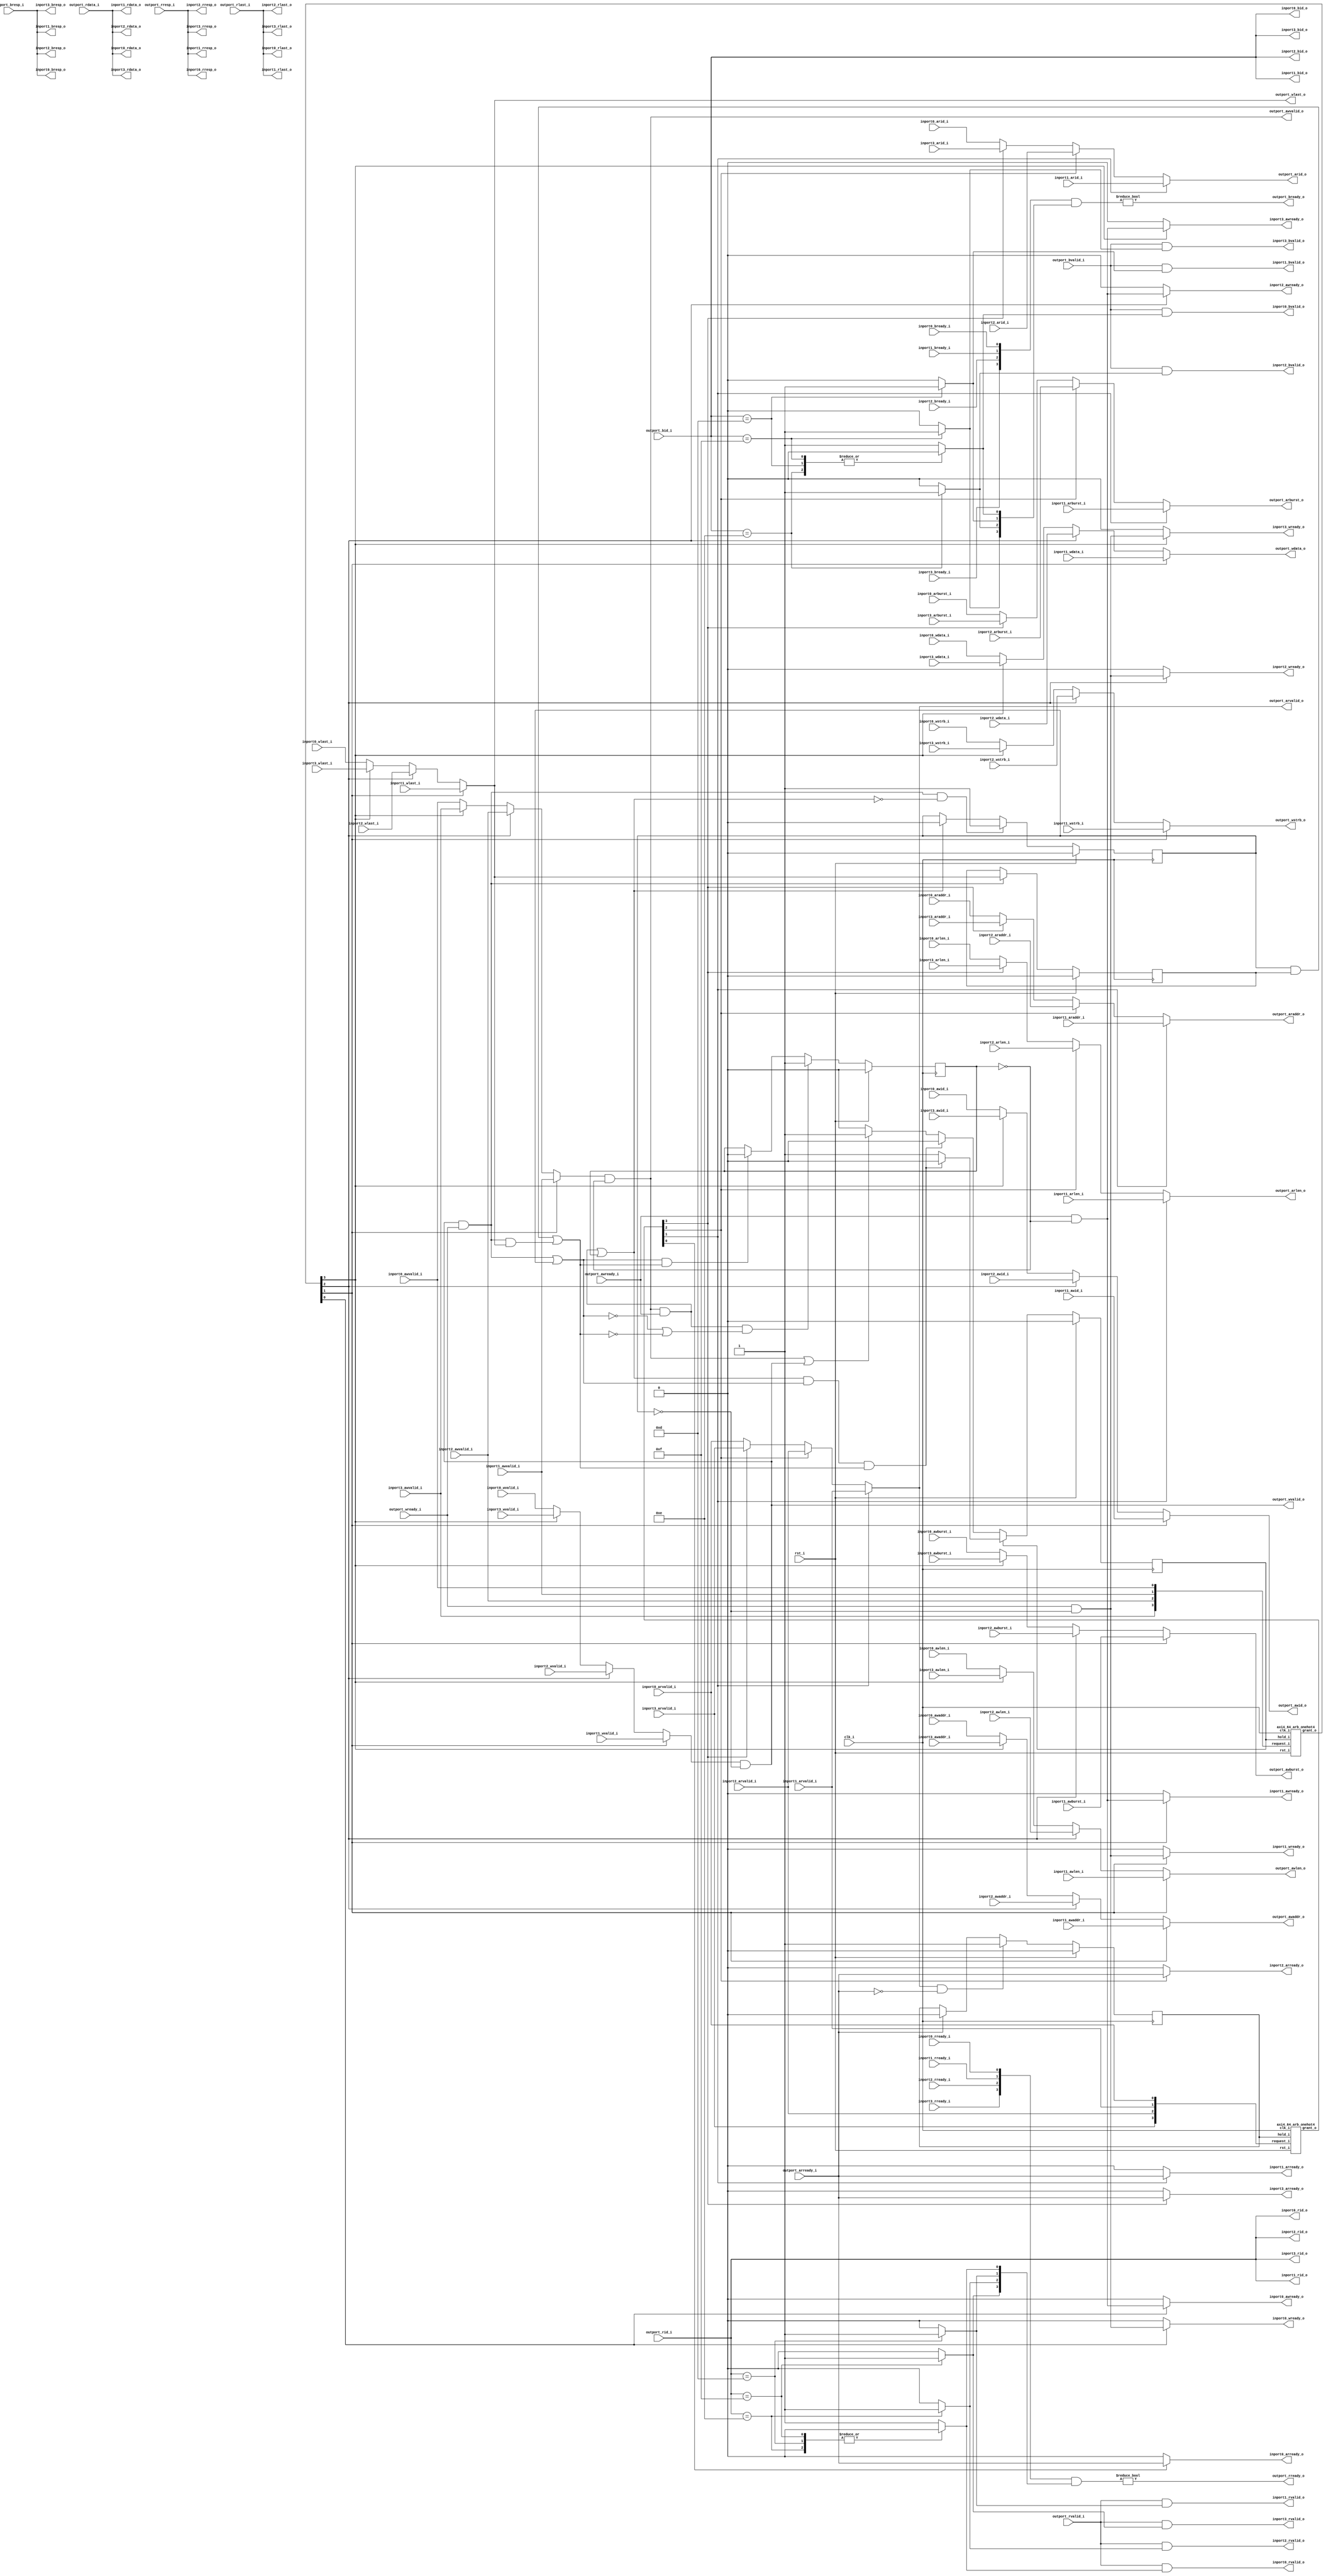
//-----------------------------------------------------------------
// Copyright (c) 2021, admin@ultra-embedded.com
// All rights reserved.
// 
// Redistribution and use in source and binary forms, with or without
// modification, are permitted provided that the following conditions 
// are met:
//   - Redistributions of source code must retain the above copyright
//     notice, this list of conditions and the following disclaimer.
//   - Redistributions in binary form must reproduce the above copyright
//     notice, this list of conditions and the following disclaimer 
//     in the documentation and/or other materials provided with the 
//     distribution.
//   - Neither the name of the author nor the names of its contributors 
//     may be used to endorse or promote products derived from this 
//     software without specific prior written permission.
// 
// THIS SOFTWARE IS PROVIDED BY THE COPYRIGHT HOLDERS AND CONTRIBUTORS 
// "AS IS" AND ANY EXPRESS OR IMPLIED WARRANTIES, INCLUDING, BUT NOT 
// LIMITED TO, THE IMPLIED WARRANTIES OF MERCHANTABILITY AND FITNESS FOR 
// A PARTICULAR PURPOSE ARE DISCLAIMED. IN NO EVENT SHALL THE AUTHOR BE 
// LIABLE FOR ANY DIRECT, INDIRECT, INCIDENTAL, SPECIAL, EXEMPLARY, OR 
// CONSEQUENTIAL DAMAGES (INCLUDING, BUT NOT LIMITED TO, PROCUREMENT OF 
// SUBSTITUTE GOODS OR SERVICES; LOSS OF USE, DATA, OR PROFITS; OR 
// BUSINESS INTERRUPTION) HOWEVER CAUSED AND ON ANY THEORY OF 
// LIABILITY, WHETHER IN CONTRACT, STRICT LIABILITY, OR TORT
// (INCLUDING NEGLIGENCE OR OTHERWISE) ARISING IN ANY WAY OUT OF 
// THE USE OF THIS SOFTWARE, EVEN IF ADVISED OF THE POSSIBILITY OF 
// SUCH DAMAGE.
//-----------------------------------------------------------------
module axi4_arb256
(
    // Inputs
     input           clk_i
    ,input           rst_i
    ,input           inport0_awvalid_i
    ,input  [ 31:0]  inport0_awaddr_i
    ,input  [  3:0]  inport0_awid_i
    ,input  [  7:0]  inport0_awlen_i
    ,input  [  1:0]  inport0_awburst_i
    ,input           inport0_wvalid_i
    ,input  [255:0]  inport0_wdata_i
    ,input  [ 31:0]  inport0_wstrb_i
    ,input           inport0_wlast_i
    ,input           inport0_bready_i
    ,input           inport0_arvalid_i
    ,input  [ 31:0]  inport0_araddr_i
    ,input  [  3:0]  inport0_arid_i
    ,input  [  7:0]  inport0_arlen_i
    ,input  [  1:0]  inport0_arburst_i
    ,input           inport0_rready_i
    ,input           inport1_awvalid_i
    ,input  [ 31:0]  inport1_awaddr_i
    ,input  [  3:0]  inport1_awid_i
    ,input  [  7:0]  inport1_awlen_i
    ,input  [  1:0]  inport1_awburst_i
    ,input           inport1_wvalid_i
    ,input  [255:0]  inport1_wdata_i
    ,input  [ 31:0]  inport1_wstrb_i
    ,input           inport1_wlast_i
    ,input           inport1_bready_i
    ,input           inport1_arvalid_i
    ,input  [ 31:0]  inport1_araddr_i
    ,input  [  3:0]  inport1_arid_i
    ,input  [  7:0]  inport1_arlen_i
    ,input  [  1:0]  inport1_arburst_i
    ,input           inport1_rready_i
    ,input           inport2_awvalid_i
    ,input  [ 31:0]  inport2_awaddr_i
    ,input  [  3:0]  inport2_awid_i
    ,input  [  7:0]  inport2_awlen_i
    ,input  [  1:0]  inport2_awburst_i
    ,input           inport2_wvalid_i
    ,input  [255:0]  inport2_wdata_i
    ,input  [ 31:0]  inport2_wstrb_i
    ,input           inport2_wlast_i
    ,input           inport2_bready_i
    ,input           inport2_arvalid_i
    ,input  [ 31:0]  inport2_araddr_i
    ,input  [  3:0]  inport2_arid_i
    ,input  [  7:0]  inport2_arlen_i
    ,input  [  1:0]  inport2_arburst_i
    ,input           inport2_rready_i
    ,input           inport3_awvalid_i
    ,input  [ 31:0]  inport3_awaddr_i
    ,input  [  3:0]  inport3_awid_i
    ,input  [  7:0]  inport3_awlen_i
    ,input  [  1:0]  inport3_awburst_i
    ,input           inport3_wvalid_i
    ,input  [255:0]  inport3_wdata_i
    ,input  [ 31:0]  inport3_wstrb_i
    ,input           inport3_wlast_i
    ,input           inport3_bready_i
    ,input           inport3_arvalid_i
    ,input  [ 31:0]  inport3_araddr_i
    ,input  [  3:0]  inport3_arid_i
    ,input  [  7:0]  inport3_arlen_i
    ,input  [  1:0]  inport3_arburst_i
    ,input           inport3_rready_i
    ,input           outport_awready_i
    ,input           outport_wready_i
    ,input           outport_bvalid_i
    ,input  [  1:0]  outport_bresp_i
    ,input  [  3:0]  outport_bid_i
    ,input           outport_arready_i
    ,input           outport_rvalid_i
    ,input  [255:0]  outport_rdata_i
    ,input  [  1:0]  outport_rresp_i
    ,input  [  3:0]  outport_rid_i
    ,input           outport_rlast_i

    // Outputs
    ,output          inport0_awready_o
    ,output          inport0_wready_o
    ,output          inport0_bvalid_o
    ,output [  1:0]  inport0_bresp_o
    ,output [  3:0]  inport0_bid_o
    ,output          inport0_arready_o
    ,output          inport0_rvalid_o
    ,output [255:0]  inport0_rdata_o
    ,output [  1:0]  inport0_rresp_o
    ,output [  3:0]  inport0_rid_o
    ,output          inport0_rlast_o
    ,output          inport1_awready_o
    ,output          inport1_wready_o
    ,output          inport1_bvalid_o
    ,output [  1:0]  inport1_bresp_o
    ,output [  3:0]  inport1_bid_o
    ,output          inport1_arready_o
    ,output          inport1_rvalid_o
    ,output [255:0]  inport1_rdata_o
    ,output [  1:0]  inport1_rresp_o
    ,output [  3:0]  inport1_rid_o
    ,output          inport1_rlast_o
    ,output          inport2_awready_o
    ,output          inport2_wready_o
    ,output          inport2_bvalid_o
    ,output [  1:0]  inport2_bresp_o
    ,output [  3:0]  inport2_bid_o
    ,output          inport2_arready_o
    ,output          inport2_rvalid_o
    ,output [255:0]  inport2_rdata_o
    ,output [  1:0]  inport2_rresp_o
    ,output [  3:0]  inport2_rid_o
    ,output          inport2_rlast_o
    ,output          inport3_awready_o
    ,output          inport3_wready_o
    ,output          inport3_bvalid_o
    ,output [  1:0]  inport3_bresp_o
    ,output [  3:0]  inport3_bid_o
    ,output          inport3_arready_o
    ,output          inport3_rvalid_o
    ,output [255:0]  inport3_rdata_o
    ,output [  1:0]  inport3_rresp_o
    ,output [  3:0]  inport3_rid_o
    ,output          inport3_rlast_o
    ,output          outport_awvalid_o
    ,output [ 31:0]  outport_awaddr_o
    ,output [  3:0]  outport_awid_o
    ,output [  7:0]  outport_awlen_o
    ,output [  1:0]  outport_awburst_o
    ,output          outport_wvalid_o
    ,output [255:0]  outport_wdata_o
    ,output [ 31:0]  outport_wstrb_o
    ,output          outport_wlast_o
    ,output          outport_bready_o
    ,output          outport_arvalid_o
    ,output [ 31:0]  outport_araddr_o
    ,output [  3:0]  outport_arid_o
    ,output [  7:0]  outport_arlen_o
    ,output [  1:0]  outport_arburst_o
    ,output          outport_rready_o
);




//-----------------------------------------------------------------
// Read Requestor Select
//-----------------------------------------------------------------

wire [3:0] read_req_w;
reg                      read_hold_q;
wire [3:0] read_grant_w;

assign read_req_w[0] = inport0_arvalid_i;
assign read_req_w[1] = inport1_arvalid_i;
assign read_req_w[2] = inport2_arvalid_i;
assign read_req_w[3] = inport3_arvalid_i;

axi4_64_arb_onehot4
u_rd_arb
(
    .clk_i(clk_i),
    .rst_i(rst_i),

    .hold_i(read_hold_q),
    .request_i(read_req_w),
    .grant_o(read_grant_w)
);

//-----------------------------------------------------------------
// Read Hold
//-----------------------------------------------------------------
always @ (posedge clk_i )
if (rst_i)
    read_hold_q  <= 1'b0;
else if (outport_arvalid_o && !outport_arready_i)
    read_hold_q  <= 1'b1;
else if (outport_arready_i)
    read_hold_q  <= 1'b0;

//-----------------------------------------------------------------
// Read Request Mux
//-----------------------------------------------------------------
reg          outport_arvalid_r;
reg [ 31:0]  outport_araddr_r;
reg [  3:0]  outport_arid_r;
reg [  7:0]  outport_arlen_r;
reg [  1:0]  outport_arburst_r;

always @ *
begin
    outport_arvalid_r = 1'b0;
    outport_araddr_r  = 32'b0;
    outport_arid_r    = 4'b0;
    outport_arlen_r   = 8'b0;
    outport_arburst_r = 2'b0;

    case (1'b1)
    default: // Input 0
    begin
        outport_arvalid_r = inport0_arvalid_i;
        outport_araddr_r  = inport0_araddr_i;
        outport_arid_r    = inport0_arid_i;
        outport_arlen_r   = inport0_arlen_i;
        outport_arburst_r = inport0_arburst_i;
    end
    read_grant_w[1]:
    begin
        outport_arvalid_r = inport1_arvalid_i;
        outport_araddr_r  = inport1_araddr_i;
        outport_arid_r    = inport1_arid_i;
        outport_arlen_r   = inport1_arlen_i;
        outport_arburst_r = inport1_arburst_i;
    end
    read_grant_w[2]:
    begin
        outport_arvalid_r = inport2_arvalid_i;
        outport_araddr_r  = inport2_araddr_i;
        outport_arid_r    = inport2_arid_i;
        outport_arlen_r   = inport2_arlen_i;
        outport_arburst_r = inport2_arburst_i;
    end
    read_grant_w[3]:
    begin
        outport_arvalid_r = inport3_arvalid_i;
        outport_araddr_r  = inport3_araddr_i;
        outport_arid_r    = inport3_arid_i;
        outport_arlen_r   = inport3_arlen_i;
        outport_arburst_r = inport3_arburst_i;
    end
    endcase
end

assign outport_arvalid_o = outport_arvalid_r;
assign outport_araddr_o  = outport_araddr_r;
assign outport_arid_o    = outport_arid_r;
assign outport_arlen_o   = outport_arlen_r;
assign outport_arburst_o = outport_arburst_r;

//-----------------------------------------------------------------
// Read Handshaking Demux
//-----------------------------------------------------------------
assign inport0_arready_o = read_grant_w[0] ? outport_arready_i : 1'b0;
assign inport1_arready_o = read_grant_w[1] ? outport_arready_i : 1'b0;
assign inport2_arready_o = read_grant_w[2] ? outport_arready_i : 1'b0;
assign inport3_arready_o = read_grant_w[3] ? outport_arready_i : 1'b0;

//-----------------------------------------------------------------
// Read Response Routing
//-----------------------------------------------------------------
reg [3:0] rd_resp_target_r;

always @ *
begin
    rd_resp_target_r = 4'b0;

    case (outport_rid_i[3:0])
    4'd15:   rd_resp_target_r[3] = 1'b1;
    4'd14:   rd_resp_target_r[2] = 1'b1;
    4'd13:   rd_resp_target_r[1] = 1'b1;
    default: rd_resp_target_r[0] = 1'b1;
    endcase
end

wire [3:0] inport_rready_w;
assign inport_rready_w[0] = inport0_rready_i;
assign inport_rready_w[1] = inport1_rready_i;
assign inport_rready_w[2] = inport2_rready_i;
assign inport_rready_w[3] = inport3_rready_i;

assign outport_rready_o = (inport_rready_w & rd_resp_target_r) != 4'b0;


assign inport0_rvalid_o = outport_rvalid_i & rd_resp_target_r[0];
assign inport0_rdata_o  = outport_rdata_i;
assign inport0_rid_o    = outport_rid_i;
assign inport0_rresp_o  = outport_rresp_i;
assign inport0_rlast_o  = outport_rlast_i;
assign inport1_rvalid_o = outport_rvalid_i & rd_resp_target_r[1];
assign inport1_rdata_o  = outport_rdata_i;
assign inport1_rid_o    = outport_rid_i;
assign inport1_rresp_o  = outport_rresp_i;
assign inport1_rlast_o  = outport_rlast_i;
assign inport2_rvalid_o = outport_rvalid_i & rd_resp_target_r[2];
assign inport2_rdata_o  = outport_rdata_i;
assign inport2_rid_o    = outport_rid_i;
assign inport2_rresp_o  = outport_rresp_i;
assign inport2_rlast_o  = outport_rlast_i;
assign inport3_rvalid_o = outport_rvalid_i & rd_resp_target_r[3];
assign inport3_rdata_o  = outport_rdata_i;
assign inport3_rid_o    = outport_rid_i;
assign inport3_rresp_o  = outport_rresp_i;
assign inport3_rlast_o  = outport_rlast_i;

//-----------------------------------------------------------------
// Write Requestor Select
//-----------------------------------------------------------------
wire [3:0] write_req_w;
reg        write_hold_q;

wire [3:0] write_grant_w;

assign write_req_w[0] = inport0_awvalid_i;
assign write_req_w[1] = inport1_awvalid_i;
assign write_req_w[2] = inport2_awvalid_i;
assign write_req_w[3] = inport3_awvalid_i;

axi4_64_arb_onehot4
u_wr_arb
(
    .clk_i(clk_i),
    .rst_i(rst_i),

    .hold_i(write_hold_q),
    .request_i(write_req_w),
    .grant_o(write_grant_w)
);

//-----------------------------------------------------------------
// Write state tracking
//-----------------------------------------------------------------
reg awvalid_q;
reg wvalid_q;
reg wlast_q;

wire wr_cmd_accepted_w  = (outport_awvalid_o && outport_awready_i) || awvalid_q;
wire wr_data_accepted_w = (outport_wvalid_o  && outport_wready_i)  || wvalid_q;
wire wr_data_last_w     = (wvalid_q & wlast_q) || (outport_wvalid_o && outport_wready_i && outport_wlast_o);

always @ (posedge clk_i )
if (rst_i)
    awvalid_q <= 1'b0;
else if (outport_awvalid_o && outport_awready_i && (!wr_data_accepted_w || !wr_data_last_w))
    awvalid_q <= 1'b1;
else if (wr_data_accepted_w && wr_data_last_w)
    awvalid_q <= 1'b0;

always @ (posedge clk_i )
if (rst_i)
    wvalid_q <= 1'b0;
else if (outport_wvalid_o && outport_wready_i && !wr_cmd_accepted_w)
    wvalid_q <= 1'b1;
else if (wr_cmd_accepted_w)
    wvalid_q <= 1'b0;

always @ (posedge clk_i )
if (rst_i)
    wlast_q <= 1'b0;
else if (outport_wvalid_o && outport_wready_i)
    wlast_q <= outport_wlast_o;

//-----------------------------------------------------------------
// Write Hold
//-----------------------------------------------------------------
reg write_hold_r;

always @ *
begin
    write_hold_r = write_hold_q;

    // Write hold - check for both command and data (last) accepted
    if (write_hold_r)
    begin
        if (wr_cmd_accepted_w && wr_data_accepted_w && wr_data_last_w)
            write_hold_r = 1'b0;
    end
    // Single transaction accepted in one go - no hold
    else if (wr_cmd_accepted_w && wr_data_accepted_w && wr_data_last_w)
        write_hold_r = 1'b0;
    // Either command or data presented - hold until transaction complete
    else if (outport_awvalid_o || outport_wvalid_o)
        write_hold_r = 1'b1;
end

always @ (posedge clk_i )
if (rst_i)
    write_hold_q      <= 1'b0;
else
    write_hold_q      <= write_hold_r;

//-----------------------------------------------------------------
// Write Request Mux
//-----------------------------------------------------------------
reg          outport_awvalid_r;
reg [ 31:0]  outport_awaddr_r;
reg [  3:0]  outport_awid_r;
reg [  7:0]  outport_awlen_r;
reg [  1:0]  outport_awburst_r;

reg          outport_wvalid_r;
reg [255:0]  outport_wdata_r;
reg [ 31:0]  outport_wstrb_r;
reg          outport_wlast_r;

always @ *
begin
    outport_awvalid_r = 1'b0;
    outport_awaddr_r  = 32'b0;
    outport_awid_r    = 4'b0;
    outport_awlen_r   = 8'b0;
    outport_awburst_r = 2'b0;
    outport_wvalid_r  = 1'b0;
    outport_wdata_r   = 256'b0;
    outport_wstrb_r   = 32'b0;
    outport_wlast_r   = 1'b0;

    case (1'b1)
    default: // Input 0
    begin
        outport_awvalid_r = inport0_awvalid_i;
        outport_awaddr_r  = inport0_awaddr_i;
        outport_awid_r    = inport0_awid_i;
        outport_awlen_r   = inport0_awlen_i;
        outport_awburst_r = inport0_awburst_i;
        outport_wvalid_r  = inport0_wvalid_i;
        outport_wdata_r   = inport0_wdata_i;
        outport_wstrb_r   = inport0_wstrb_i;
        outport_wlast_r   = inport0_wlast_i;
    end
    write_grant_w[1]:
    begin
        outport_awvalid_r = inport1_awvalid_i;
        outport_awaddr_r  = inport1_awaddr_i;
        outport_awid_r    = inport1_awid_i;
        outport_awlen_r   = inport1_awlen_i;
        outport_awburst_r = inport1_awburst_i;
        outport_wvalid_r  = inport1_wvalid_i;
        outport_wdata_r   = inport1_wdata_i;
        outport_wstrb_r   = inport1_wstrb_i;
        outport_wlast_r   = inport1_wlast_i;
    end
    write_grant_w[2]:
    begin
        outport_awvalid_r = inport2_awvalid_i;
        outport_awaddr_r  = inport2_awaddr_i;
        outport_awid_r    = inport2_awid_i;
        outport_awlen_r   = inport2_awlen_i;
        outport_awburst_r = inport2_awburst_i;
        outport_wvalid_r  = inport2_wvalid_i;
        outport_wdata_r   = inport2_wdata_i;
        outport_wstrb_r   = inport2_wstrb_i;
        outport_wlast_r   = inport2_wlast_i;
    end
    write_grant_w[3]:
    begin
        outport_awvalid_r = inport3_awvalid_i;
        outport_awaddr_r  = inport3_awaddr_i;
        outport_awid_r    = inport3_awid_i;
        outport_awlen_r   = inport3_awlen_i;
        outport_awburst_r = inport3_awburst_i;
        outport_wvalid_r  = inport3_wvalid_i;
        outport_wdata_r   = inport3_wdata_i;
        outport_wstrb_r   = inport3_wstrb_i;
        outport_wlast_r   = inport3_wlast_i;
    end
    endcase
end

assign outport_awvalid_o = outport_awvalid_r & ~awvalid_q;
assign outport_awaddr_o  = outport_awaddr_r;
assign outport_awid_o    = outport_awid_r;
assign outport_awlen_o   = outport_awlen_r;
assign outport_awburst_o = outport_awburst_r;
assign outport_wvalid_o  = outport_wvalid_r & ~wvalid_q;
assign outport_wdata_o   = outport_wdata_r;
assign outport_wstrb_o   = outport_wstrb_r;
assign outport_wlast_o   = outport_wlast_r;

//-----------------------------------------------------------------
// Write Handshaking Demux
//-----------------------------------------------------------------
assign inport0_awready_o = write_grant_w[0] ? (outport_awready_i & ~awvalid_q) : 1'b0;
assign inport0_wready_o  = write_grant_w[0] ? (outport_wready_i  & ~wvalid_q)  : 1'b0;
assign inport1_awready_o = write_grant_w[1] ? (outport_awready_i & ~awvalid_q) : 1'b0;
assign inport1_wready_o  = write_grant_w[1] ? (outport_wready_i  & ~wvalid_q)  : 1'b0;
assign inport2_awready_o = write_grant_w[2] ? (outport_awready_i & ~awvalid_q) : 1'b0;
assign inport2_wready_o  = write_grant_w[2] ? (outport_wready_i  & ~wvalid_q)  : 1'b0;
assign inport3_awready_o = write_grant_w[3] ? (outport_awready_i & ~awvalid_q) : 1'b0;
assign inport3_wready_o  = write_grant_w[3] ? (outport_wready_i  & ~wvalid_q)  : 1'b0;

//-----------------------------------------------------------------
// Write Response Routing
//-----------------------------------------------------------------
reg [3:0] wr_resp_target_r;

always @ *
begin
    wr_resp_target_r = 4'b0;

    case (outport_bid_i[3:0])
    4'd15:   wr_resp_target_r[3] = 1'b1;
    4'd14:   wr_resp_target_r[2] = 1'b1;
    4'd13:   wr_resp_target_r[1] = 1'b1;
    default: wr_resp_target_r[0] = 1'b1;
    endcase
end

wire [3:0] inport_bready_w;
assign inport_bready_w[0] = inport0_bready_i;
assign inport_bready_w[1] = inport1_bready_i;
assign inport_bready_w[2] = inport2_bready_i;
assign inport_bready_w[3] = inport3_bready_i;

assign outport_bready_o = (inport_bready_w & wr_resp_target_r) != 4'b0;

assign inport0_bvalid_o = outport_bvalid_i & wr_resp_target_r[0];
assign inport0_bid_o    = outport_bid_i;
assign inport0_bresp_o  = outport_bresp_i;
assign inport1_bvalid_o = outport_bvalid_i & wr_resp_target_r[1];
assign inport1_bid_o    = outport_bid_i;
assign inport1_bresp_o  = outport_bresp_i;
assign inport2_bvalid_o = outport_bvalid_i & wr_resp_target_r[2];
assign inport2_bid_o    = outport_bid_i;
assign inport2_bresp_o  = outport_bresp_i;
assign inport3_bvalid_o = outport_bvalid_i & wr_resp_target_r[3];
assign inport3_bid_o    = outport_bid_i;
assign inport3_bresp_o  = outport_bresp_i;

endmodule

//-----------------------------------------------------------------
// Round robin One Hot Arbiter
//-----------------------------------------------------------------
module axi4_64_arb_onehot4
(
    // Inputs
     input                       clk_i
    ,input                       rst_i
    ,input                       hold_i
    ,input  [3:0]  request_i

    // Outputs
    ,output [3:0]  grant_o
);


//-----------------------------------------------------------------
// Registers / Wires
//-----------------------------------------------------------------
wire [3:0] req_ffs_masked_w;
wire [3:0] req_ffs_unmasked_w;
wire [3:0] req_ffs_w;

reg  [3:0] mask_next_q;
reg  [3:0] grant_last_q;
wire [3:0] grant_new_w;

//-----------------------------------------------------------------
// ffs: Find first set
//-----------------------------------------------------------------
function [3:0] ffs;
    input [3:0] request;
begin
    ffs[0] = request[0];
    ffs[1] = ffs[0] | request[1];
    ffs[2] = ffs[1] | request[2];
    ffs[3] = ffs[2] | request[3];
end
endfunction

assign req_ffs_masked_w = ffs(request_i & mask_next_q);
assign req_ffs_unmasked_w = ffs(request_i);

assign req_ffs_w = (|req_ffs_masked_w) ? req_ffs_masked_w : req_ffs_unmasked_w;

always @ (posedge clk_i )
   if (rst_i == 1'b1)
   begin
        mask_next_q <= {4{1'b1}};
        grant_last_q <= 4'b0;
   end
   else
   begin
        if (~hold_i)
            mask_next_q <= {req_ffs_w[2:0], 1'b0};
        
        grant_last_q <= grant_o;
   end

assign grant_new_w = req_ffs_w ^ {req_ffs_w[2:0], 1'b0};
assign grant_o = hold_i ? grant_last_q : grant_new_w;


endmodule